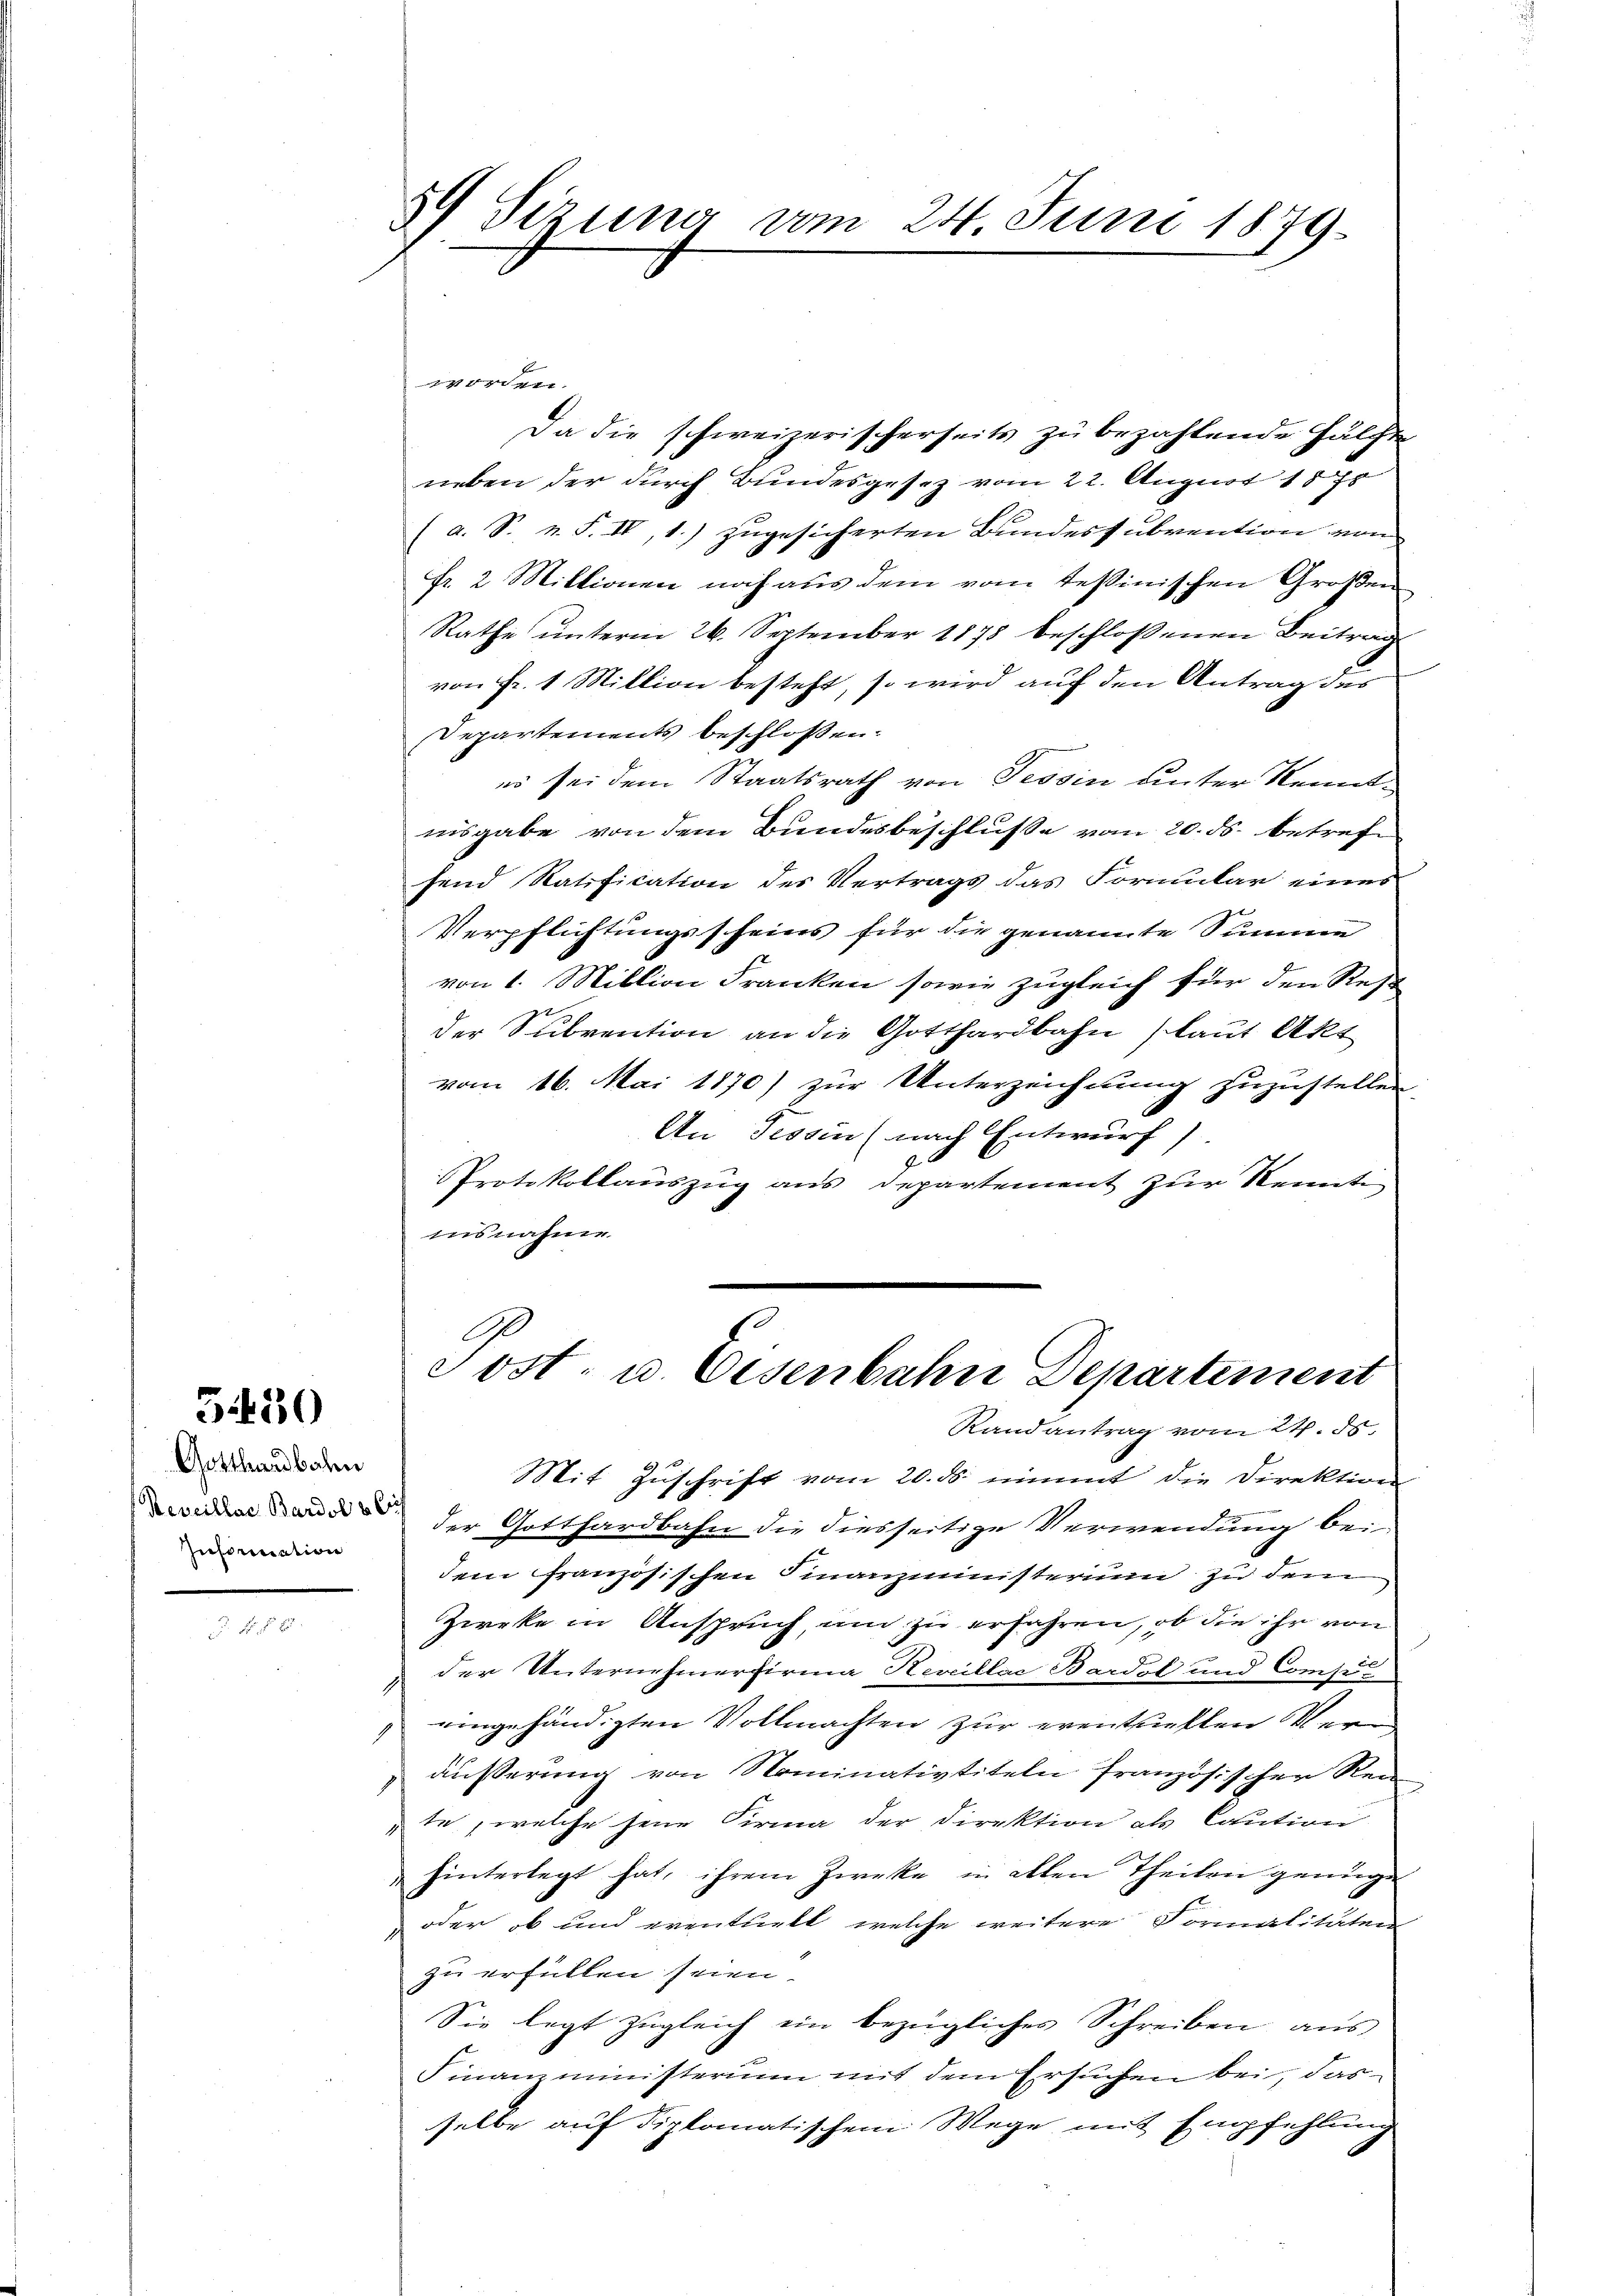
51450

Gotthardbahn
Insinuation

8.

8 Sirung vom 24. Juni 1879

g
Da die schweizerischerseits zu bezahlende Hälfte
neben der durch Bundesgesez vom 22. August 1878
(a. S. v. F. IV, 1.) zugesicherten Bundessubvention vom
Fr. 2 Miktionen noch aus dem vom Tessinischen Großen
Rathe unterm 26. September 1878 beschloßenen Beitrag
von Fr. 1 Million besteht, so wird auf den Antrag des
Departements beschlossen:
es sei dem Staatsrath von Tessin unter Kenntnisgabe von dem Bundesbeschluße vom 20. ds. betref
fend Ratification des Vertrags das Formular eines
Verpflichtungsscheins für die genannte Summe
von 1. Million Franken sowie zugleich für den Rest
der Subvention an die Gotthardbahn (laut Akt
vom 16. Mai 1870) zur Unterzeichnung zuzustellen.
An Tessin (nach Entwurf)
Protokollauszug aus Departement zur Kennte
insnahme.
Post- u. Eisenbahn Departement
Randantrag vom 24. ds.
Mit Zuschrift vom 20. ds. nimmt die Direktion
 der Gotthardbahn die diesseitige Verwendung bei
dem französischen Finanzministerium zu dem
Zweke in Anspruch, um zu erfahren, ob die ihr von
" der Unternehmerfirma Reveillac Bardol und Consil
eingehändigten Vollmachten zur eventuellen Vern
äußerung von Nominativtiteln französischen Rei
te, welche jene Firma der Direktion als Caution
¬
hinterlegt hat, ihrem Zwecke in allen Theilen genüge
oder ob und eventuell, welche weitere Formalitäten
d
zu erfüllen seien.
Sie legt zŭgleich ein bezügliches Schreiben aŭs
Finanzministerium mit dem Ersuchen bei, das
selbe auf diplomatischem Wege mit Empfehlung